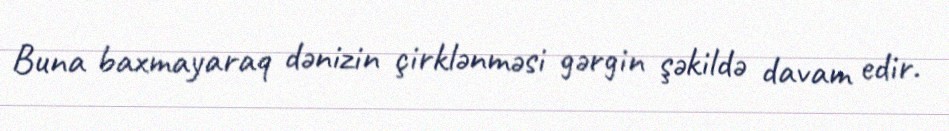
Buna baxmayaraq dənizin çirklənməsi gərgin şəkildə davam edir.